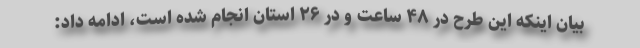
بیان اینکه این طرح در ۴۸ ساعت و در ۲۶ استان انجام شده است، ادامه داد: